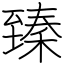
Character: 臻